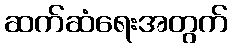
ဆက်ဆံရေးအတွက်